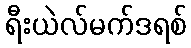
ရီးယဲလ်မက်ဒရစ်